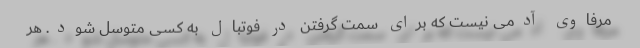
مرفاوی آدمی نیست که برای سمت گرفتن در فوتبال به کسی متوسل شود. هر